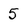
Character: 5